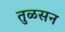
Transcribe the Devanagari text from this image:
तुळसन